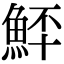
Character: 𩶨